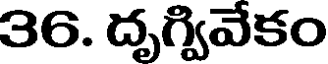
36. దృగ్వివేకం